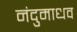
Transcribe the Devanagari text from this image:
नंदुमाधव